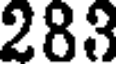
283